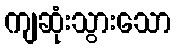
ကျဆုံးသွားသော